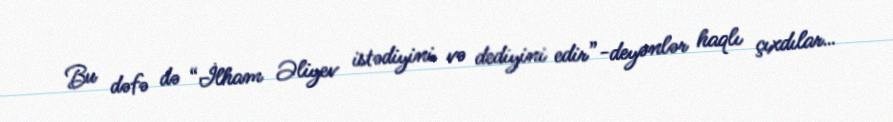
Bu dəfə də “İlham Əliyev istədiyini və dediyini edir”-deyənlər haqlı çıxdılar…